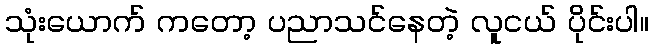
သုံးယောက် ကတော့ ပညာသင်နေတဲ့ လူငယ် ပိုင်းပါ။